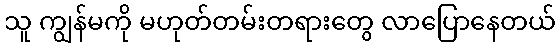
သူ ကျွန်မကို မဟုတ်တမ်းတရားတွေ လာပြောနေတယ်